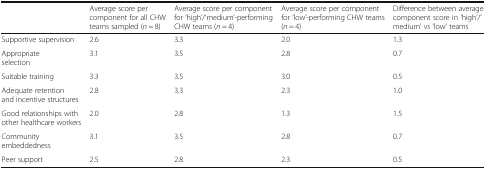
<table><thead><tr><td></td><td><b>Average score per component for all CHW teams sampled (<i>n</i> = 8)</b></td><td><b>Average score per component for ‘high’/‘medium’-performing CHW teams (<i>n</i> = 4)</b></td><td><b>Average score per component for ‘low’-performing CHW teams (<i>n</i> = 4)</b></td><td><b>Difference between average component score in ‘high’/‘medium’ vs ‘low’ teams</b></td></tr></thead><tbody><tr><td>Supportive supervision</td><td>2.6</td><td>3.3</td><td>2.0</td><td>1.3</td></tr><tr><td>Appropriate selection</td><td>3.1</td><td>3.5</td><td>2.8</td><td>0.7</td></tr><tr><td>Suitable training</td><td>3.3</td><td>3.5</td><td>3.0</td><td>0.5</td></tr><tr><td>Adequate retention and incentive structures</td><td>2.8</td><td>3.3</td><td>2.3</td><td>1.0</td></tr><tr><td>Good relationships with other healthcare workers</td><td>2.0</td><td>2.8</td><td>1.3</td><td>1.5</td></tr><tr><td>Community embeddedness</td><td>3.1</td><td>3.5</td><td>2.8</td><td>0.7</td></tr><tr><td>Peer support</td><td>2.5</td><td>2.8</td><td>2.3</td><td>0.5</td></tr></tbody></table>